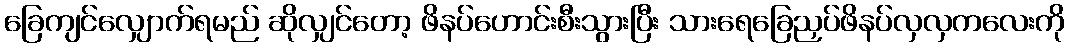
ခြေကျင်လျှောက်ရမည် ဆိုလျှင်တော့ ဖိနပ်ဟောင်းစီးသွားပြီး သားရေခြေညှပ်ဖိနပ်လှလှကလေးကို